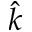
\hat { k }